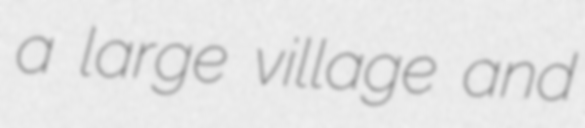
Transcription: a large village and